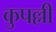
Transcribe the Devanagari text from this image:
कुपल्ली